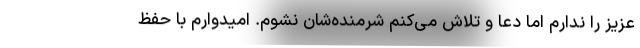
عزیز را ندارم اما دعا و تلاش می‌کنم شرمنده‌شان نشوم. امیدوارم با حفظ